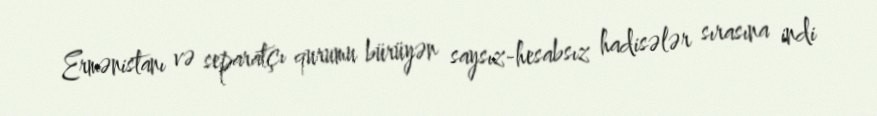
Ermənistanı və separatçı qurumu bürüyən saysız-hesabsız hadisələr sırasına indi